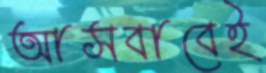
আসবাবেই